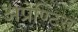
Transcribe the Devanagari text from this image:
अप्रेण्टिस